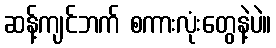
ဆန့်ကျင်ဘက် စကားလုံးတွေနဲ့ပဲ။